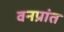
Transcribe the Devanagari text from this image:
वनप्रांत